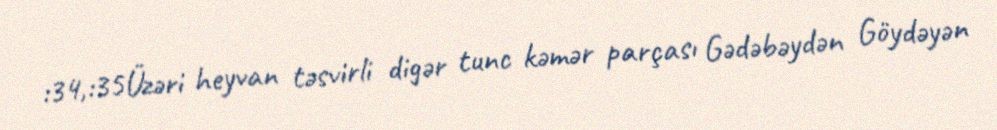
:34,:35Üzəri heyvan təsvirli digər tunc kəmər parçası Gədəbəydən Göydəyən